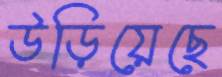
উড়িয়েছে